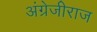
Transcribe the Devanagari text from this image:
अंग्रेजीराज